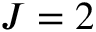
J = 2